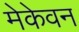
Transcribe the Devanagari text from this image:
मेकेवन